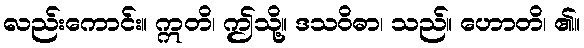
လည်းကောင်း။ ဣတိ၊ ဤသို့။ ဒသဝိဓာ၊ သည်။ ဟောတိ၊ ၏။